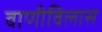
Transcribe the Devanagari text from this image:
वाणीविलास